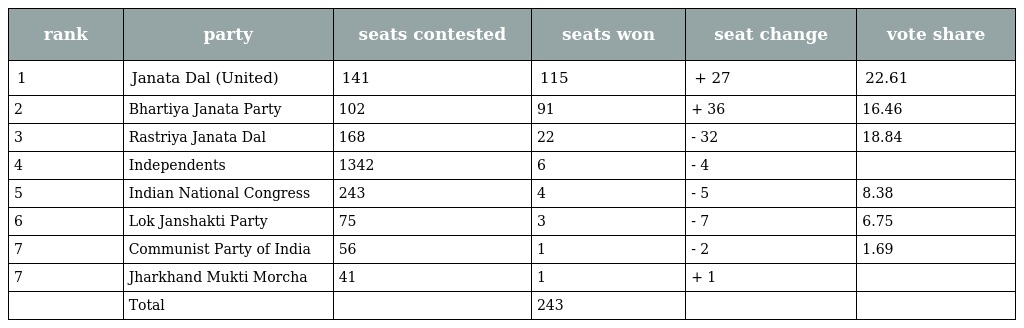
| rank | party | seats contested | seats won | seat change | vote share |
 | --- | --- | --- | --- | --- | --- |
 | 1 | Janata Dal (United) | 141 | 115 | + 27 | 22.61 |
 | 2 | Bhartiya Janata Party | 102 | 91 | + 36 | 16.46 |
 | 3 | Rastriya Janata Dal | 168 | 22 | - 32 | 18.84 |
 | 4 | Independents | 1342 | 6 | - 4 |  |
 | 5 | Indian National Congress | 243 | 4 | - 5 | 8.38 |
 | 6 | Lok Janshakti Party | 75 | 3 | - 7 | 6.75 |
 | 7 | Communist Party of India | 56 | 1 | - 2 | 1.69 |
 | 7 | Jharkhand Mukti Morcha | 41 | 1 | + 1 |  |
 |  | Total |  | 243 |  |  |